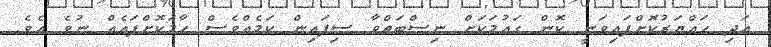
އަދި ހައްޔަރުކޮށްފައިވަނީ ކޮން ގައުމަކަށް ނިސްބަތްވާ ސިފައިން ކަމެއްވެސް ހާމަކޮށްފައެއް ނުވެ އެވެ.